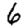
Digit: 6